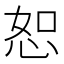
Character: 恕